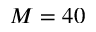
M = 4 0